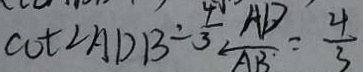
\cot \angle A D B = \frac { 4 } { 3 } \frac { A D } { A B } = \frac { 4 } { 3 }